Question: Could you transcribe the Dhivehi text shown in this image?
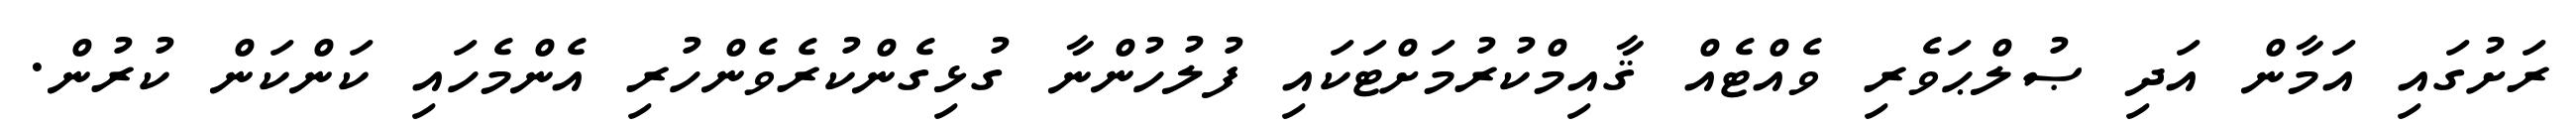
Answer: ރަށުގައި އަމާން އަދި ޞުލްޙަވެރި ވެއްޓެއް ޤާއިމްކުރުމަށްޓަކައި ފުލުހުންނާ ގުޅިގެންކުރެވެންހުރި އެންމެހައި ކަންކަން ކުރުން.